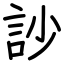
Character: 訬